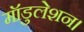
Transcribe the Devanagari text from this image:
मॉडुलेशन।